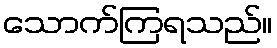
သောက်ကြရသည်။